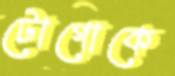
টোগোকে